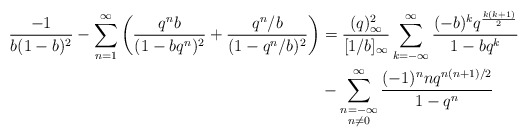
\begin{align*}\frac{-1}{b(1-b)^2}- \sum_{n=1}^\infty\left(\frac{q^nb}{(1-bq^n)^2}+\frac{q^n/b}{(1-q^n/b)^2}\right)&=\frac{(q)^2_\infty}{[1/b]_\infty}\sum_{k=-\infty}^\infty\frac{(-b)^kq^{\frac{k(k+1)}{2}}}{1-bq^k} \\& -\sum_{\substack{n=-\infty \\ n\neq0}}^\infty\frac{(-1)^nnq^{n(n+1)/2}}{1-q^n}\end{align*}